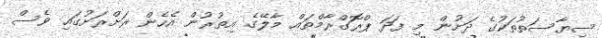
ސިޔާސަތުތަކުގެ ދަށުން މި ފަދަ ޕްރޮގްރާމްތައް މާލޭގެ އިތުރުން އެހެން ރަށްރަށުގައި ވެސް